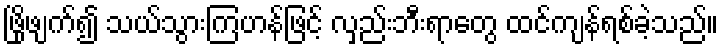
ဖြိုဖျက်၍ သယ်သွားကြဟန်ဖြင့် လှည်းဘီးရာတွေ ထင်ကျန်ရစ်ခဲ့သည်။